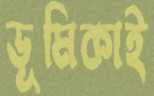
ভূমিকাই